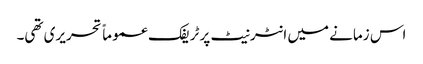
اس زمانے میں انٹرنیٹ پر ٹریفک عموماً تحریری تھی۔